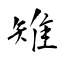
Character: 雉